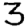
Digit: 3